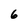
Character: 6